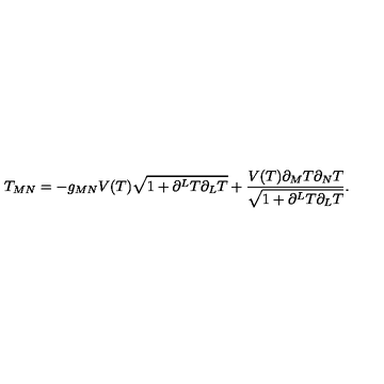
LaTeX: T _ { M N } = - g _ { M N } V ( T ) \sqrt { 1 + \partial ^ { L } T \partial _ { L } T } + \frac { V ( T ) \partial _ { M } T \partial _ { N } T } { \sqrt { 1 + \partial ^ { L } T \partial _ { L } T } } .